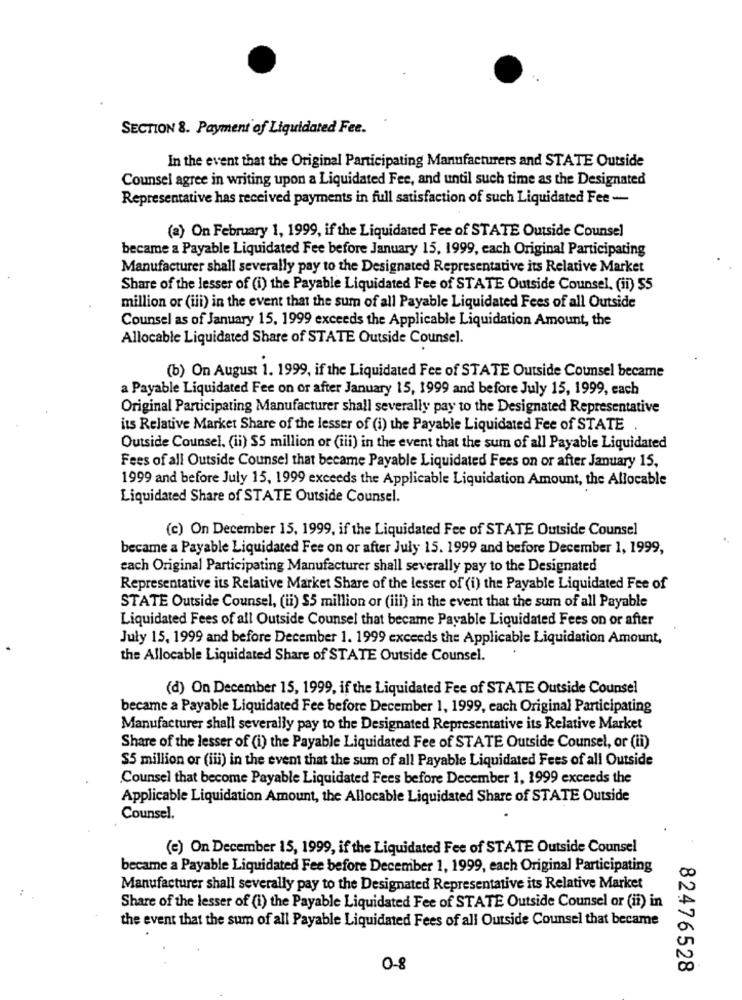
SECTION 8. Payment of Liquidated Fee.
In the event that the Original Participating Manufacturers and STATE Outside
Counsel agree in writing upon a Liquidated Fee, and until such time as the Designated
Representative has received payments in full satisfaction of such Liquidated Fee -
(a) On February 1, 1999, if the Liquidated Fee of STATE Outside Counsel
became a Payable Liquidated Fee before January 15, 1999, each Original Participating
Manufacturer shall severally pay to the Designated Representative its Relative Market
Share of the lesser of (i) the Payable Liquidated Fee of STATE Outside Counsel, (ii) $5
million or (iii) in the event that the sum of all Payable Liquidated Fees of all Outside
Counsel as of January 15. 1999 exceeds the Applicable Liquidation Amount, the
Allocable Liquidated Share of STATE Outside Counsel.
(b) On August 1. 1999, if the Liquidated Fee of STATE Outside Counsel became
a Payable Liquidated Fee on or after January 15, 1999 and before July 15, 1999, each
Original Participating Manufacturer shall severally pay to the Designated Representative
its Relative Market Share of the lesser of (i) the Payable Liquidated Fee of STATE
Outside Counsel. (ii) $5 million or (iii) in the event that the sum of all Payable Liquidated
Fees of all Outside Counsel that became Payable Liquidated Fees on or after January 15,
1999 and before July 15, 1999 exceeds the Applicable Liquidation Amount, the Allocable
Liquidated Share of STATE Outside Counsel.
(c) On December 15, 1999, if the Liquidated Fee of STATE Outside Counsel
became a Payable Liquidated Fee on or after July 15. 1999 and before December 1, 1999,
each Original Participating Manufacturer shall severally pay to the Designated
Representative its Relative Market Share of the lesser of (i) the Payable Liquidated Fee of
STATE Outside Counsel, (ii) $5 million or (iii) in the event that the sum of all Payable
Liquidated Fees of all Outside Counsel that became Payable Liquidated Fees on or after
July 15, 1999 and before December 1. 1999 exceeds the Applicable Liquidation Amount,
the Allocable Liquidated Share of STATE Outside Counsel.
(d) On December 15, 1999, if the Liquidated Fee of STATE Outside Counsel
became a Payable Liquidated Fee before December 1, 1999, each Original Participating
Manufacturer shall severally pay to the Designated Representative its Relative Market
Share of the lesser of (i) the Payable Liquidated Fee of STATE Outside Counsel, or (ii)
$5 million or (iii) in the event that the sum of all Payable Liquidated Fees of all Outside
Counsel that become Payable Liquidated Fees before December 1, 1999 exceeds the
Applicable Liquidation Amount, the Allocable Liquidated Share of STATE Outside
Counsel.
(e) On December 15, 1999, if the Liquidated Fee of STATE Outside Counsel
became a Payable Liquidated Fee before December 1, 1999, each Original Participating
:
Manufacturer shall severally pay to the Designated Representative its Relative Market
Share of the lesser of (i) the Payable Liquidated Fee of STATE Outside Counsel or (ii) in
the event that the sum of all Payable Liquidated Fees of all Outside Counsel that became
0 8
82476528